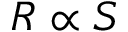
R \propto S